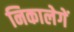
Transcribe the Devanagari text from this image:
निकालेगें